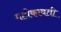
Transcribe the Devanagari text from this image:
महीकावती